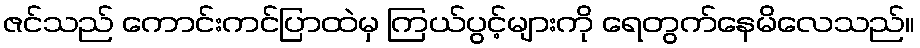
ဇင်သည် ကောင်းကင်ပြာထဲမှ ကြယ်ပွင့်များကို ရေတွက်နေမိလေသည်။